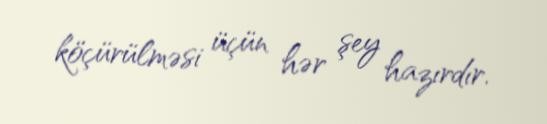
köçürülməsi üçün hər şey hazırdır.